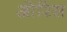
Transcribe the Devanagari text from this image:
ओरिस